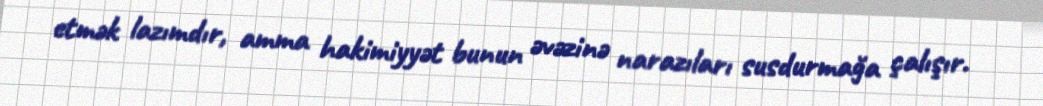
etmək lazımdır, amma hakimiyyət bunun əvəzinə narazıları susdurmağa çalışır.